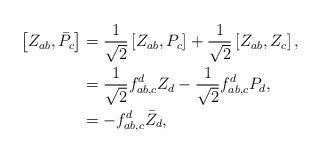
LaTeX: \begin{align*}\left[ Z_{ab},\bar{P}_{c}\right] & =\frac{1}{\sqrt{2}}\left[ Z_{ab},P_{c}\right] +\frac{1}{\sqrt{2}}\left[ Z_{ab},Z_{c}\right] ,\\& =\frac{1}{\sqrt{2}}f_{ab,c}^{d}Z_{d}-\frac{1}{\sqrt{2}}f_{ab,c}^{d}P_{d},\\& =-f_{ab,c}^{d}\bar{Z}_{d},\end{align*}